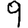
Digit: 9